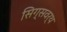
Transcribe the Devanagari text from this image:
सिग्सवर्थ